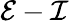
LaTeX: \mathcal E-\mathcal I